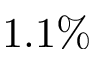
1 . 1 \%